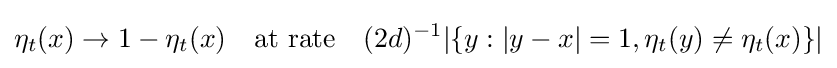
\eta _{t}(x)\to 1-\eta _{t}(x)\quad {\text{at rate}}\quad (2d)^{-1}|\{y:|y-x|=1,\eta _{t}(y)\neq \eta _{t}(x)\}|